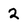
Character: 2